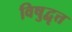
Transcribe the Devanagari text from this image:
विषुद्वृत्त